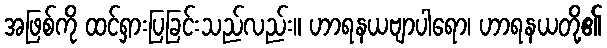
အဖြစ်ကို ထင်ရှားပြခြင်းသည်လည်း။ ဟာရနယဗျာပါရော၊ ဟာရနယတို့၏